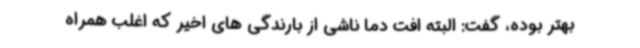
بهتر بوده، گفت: البته افت دما ناشی از بارندگی های اخیر که اغلب همراه